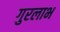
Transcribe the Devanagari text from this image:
गुरलाभ